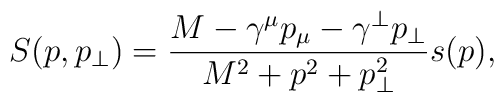
S(p,p_\perp)=\frac{M-\gamma^\mu p_\mu-\gamma^\perp p_\perp}{M^2+p^2+p_\perp^2}s(p),